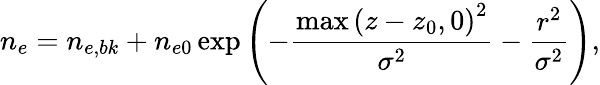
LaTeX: n_{e}=n_{e,bk}+n_{e0}\exp\left(-\frac{\operatorname*{max}\left(z-z_{0},0\right)^{2}}{\sigma^{2}}-\frac{r^{2}}{\sigma^{2}}\right),